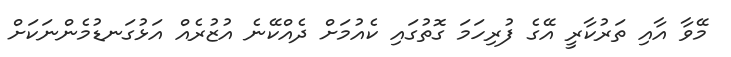
މޭވާ އާއި ތަރުކާރީ އޭގެ ފުރިހަމަ ގޮތުގައި ކެއުމަށް ދެއްކޭނެ އުޒުރެއް އަޅުގަނޑުމެންނަކަށް